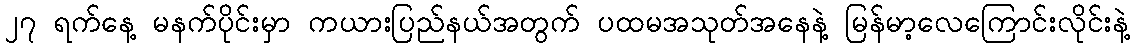
၂၇ ရက်နေ့ မနက်ပိုင်းမှာ ကယားပြည်နယ်အတွက် ပထမအသုတ်အနေနဲ့ မြန်မာ့လေကြောင်းလိုင်းနဲ့